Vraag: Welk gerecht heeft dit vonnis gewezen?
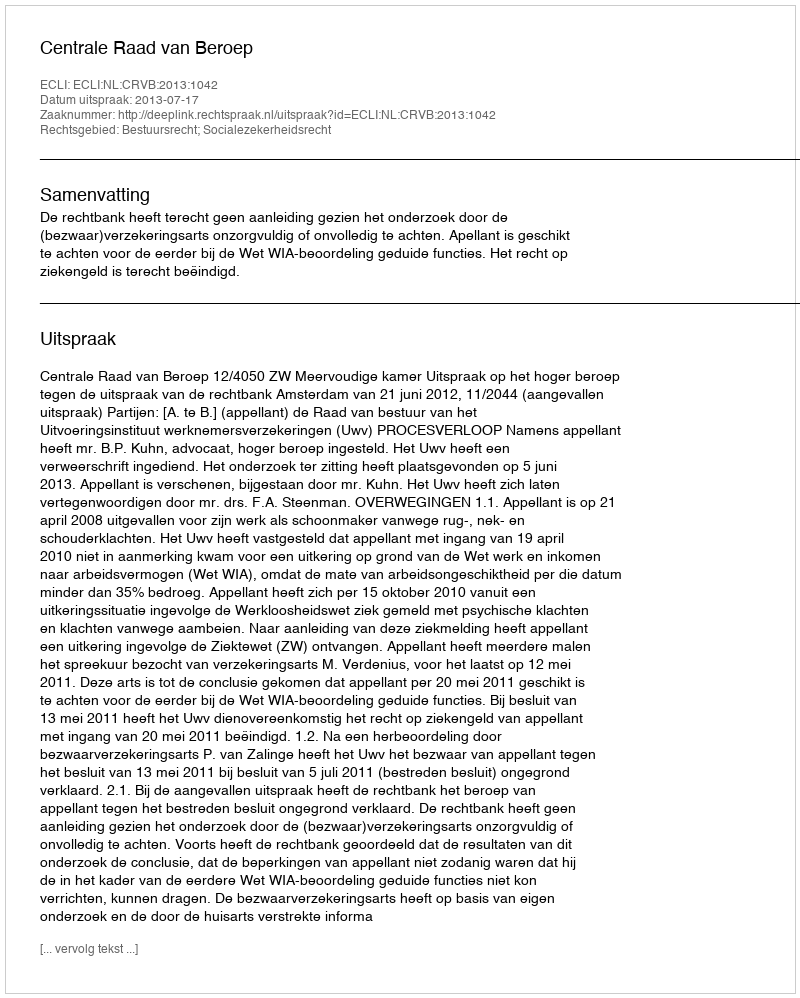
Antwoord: Centrale Raad van Beroep